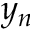
y _ { n }